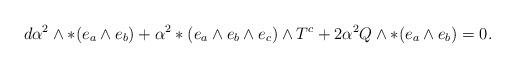
LaTeX: \begin{align*}d\alpha^2 \wedge *(e_a \wedge e_b) + \alpha^2*(e_a \wedge e_b \wedge e_c) \wedge T^c + 2 \alpha^2 Q \wedge *(e_a\wedge e_b) = 0.\end{align*}